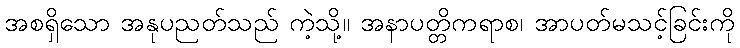
အစရှိသော အနုပညတ်သည် ကဲ့သို့။ အနာပတ္တိကရာစ၊ အာပတ်မသင့်ခြင်းကို